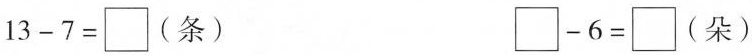
$$1 3 - 7 = \bigBox $$(条) $$\bigBox